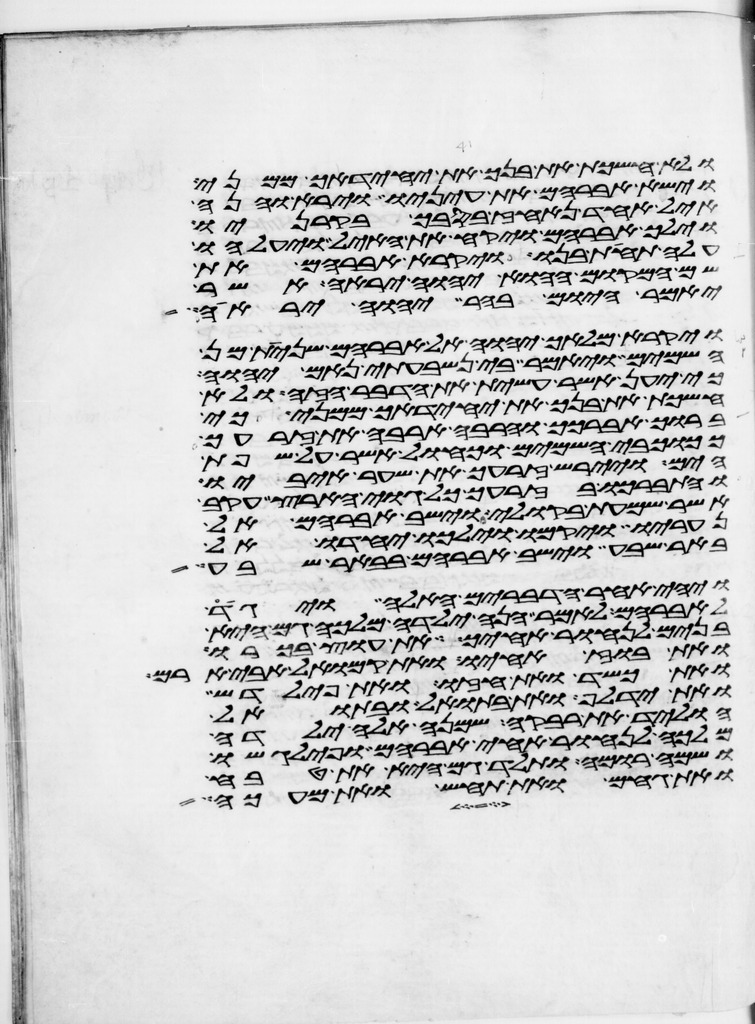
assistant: ולא חשכת את בנך את יחידך ממני
וישא אברהם את עיניו וירא והנה
איל אחד נאחז בסבך בקרניו
וילך אברהם ויקח את האיל ויעלהו
עלה תחת בנו ויקרא אברהם את
שם המקום ההוא יהוה יראה אשר
יאמר היום בהר יהוה יראה
ויקרא מלאך יהוה אל אברהם שנית מן
השמים ויאמר בי נשבעתי נאם יהוה
כי יען אשר עשית את הדבר הזה ולא
חשכת את בנך את יחידך ממני כי
ברוך אברכך והרבה ארבה את זרעך
ככוכבי השמים וכחול אשר על שפת
הים ויירש זרעך את שער איביו
והתברכו בזרעך כל גוי הארץ עקב
אשר שמעת בקולי וישב אברהם אל
נעריו ויקמו וילכו יחדו אל
באר שבע וישב אברהם בבאר שבע
ויהי אחר הדברים האלה ויגד
לאברהם לאמר הנה ילדה מלכה גם היא
בנים לנחור אחיך את עוץ בכורו
ואת בוז אחיו ואת קמואל אבי ארם
ואת כשד ואת חזו ואת פילדש
ואת ידלף ואת בתואל ובתואל
הוליד את רבקה שמנה אלה ילדה
מלכה לנחור אחי אברהם ופילגשו
ושמה רומה ותלד גם היא את טבח
ואת גחם ואת תחש ואת מעכה